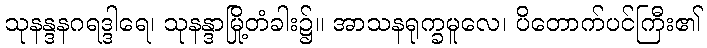
သုနန္ဒနဂရဒ္ဒါရေ၊ သုနန္ဒာမြို့တံခါး၌။ အာသနရုက္ခမူလေ၊ ပိတောက်ပင်ကြီး၏